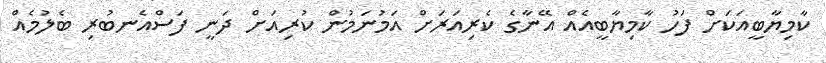
ކާމިޔާބީއަކަށް ފަހު ކާމިޔާބީއެއް އޭނާގެ ކެރިއަރަށް އަމުނަމުން ކުރިއަށް ދަނީ ފަސްއެނބުރި ބެލުމެއް